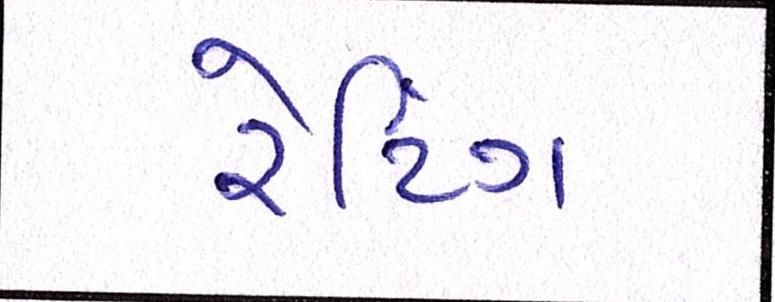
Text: રેટિંગ